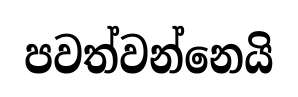
පවත්වන්නෙයි